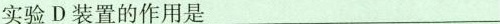
实验D装置的作用是___